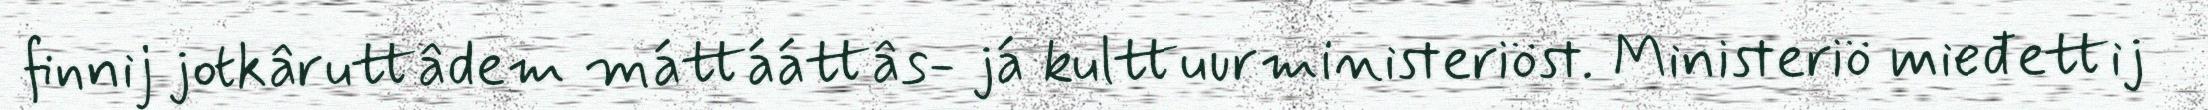
finnij jotkâruttâdem máttááttâs- já kulttuurministeriöst. Ministeriö mieđettij